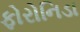
ફોરોનિડા